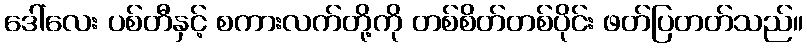
ဒေါ်လေး ပစ်တီနှင့် စကားလက်တို့ကို တစ်စိတ်တစ်ပိုင်း ဖတ်ပြတတ်သည်။